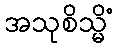
အသုစိသ္မိံ